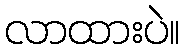
လာထားပဲ။